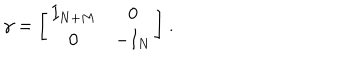
\gamma = \biggl [ \begin{array} { c c } { { I _ { N + M } } } & { { 0 } } \\ { { 0 } } & { { - I _ { N } } } \\ \end{array} \biggr ] \ .